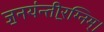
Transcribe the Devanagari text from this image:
ज॒नय॑न्तीर॒ग्निम्।